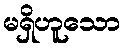
မရှိဟူသော